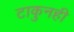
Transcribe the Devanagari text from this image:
टाकुनही